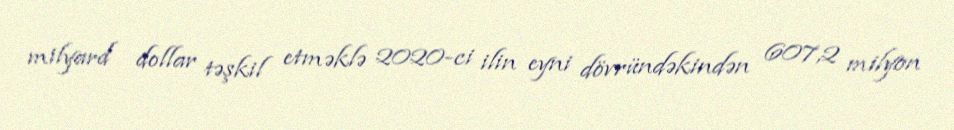
milyard dollar təşkil etməklə 2020-ci ilin eyni dövründəkindən 607,2 milyon